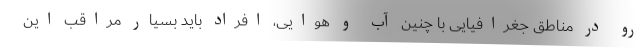
رو در مناطق جغرافیایی با چنین آب و هوایی، افراد باید بسیار مراقب این